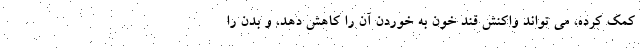
کمک کرده، می تواند واکنش قند خون به خوردن آن را کاهش دهد، و بدن را